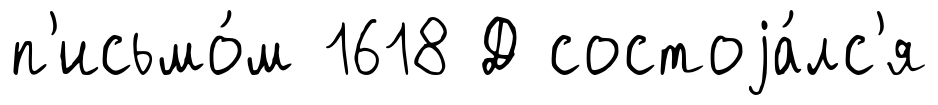
п'исьмо́м 1618 Д состоjа́лс'я